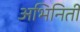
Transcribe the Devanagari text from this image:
अभिनिती